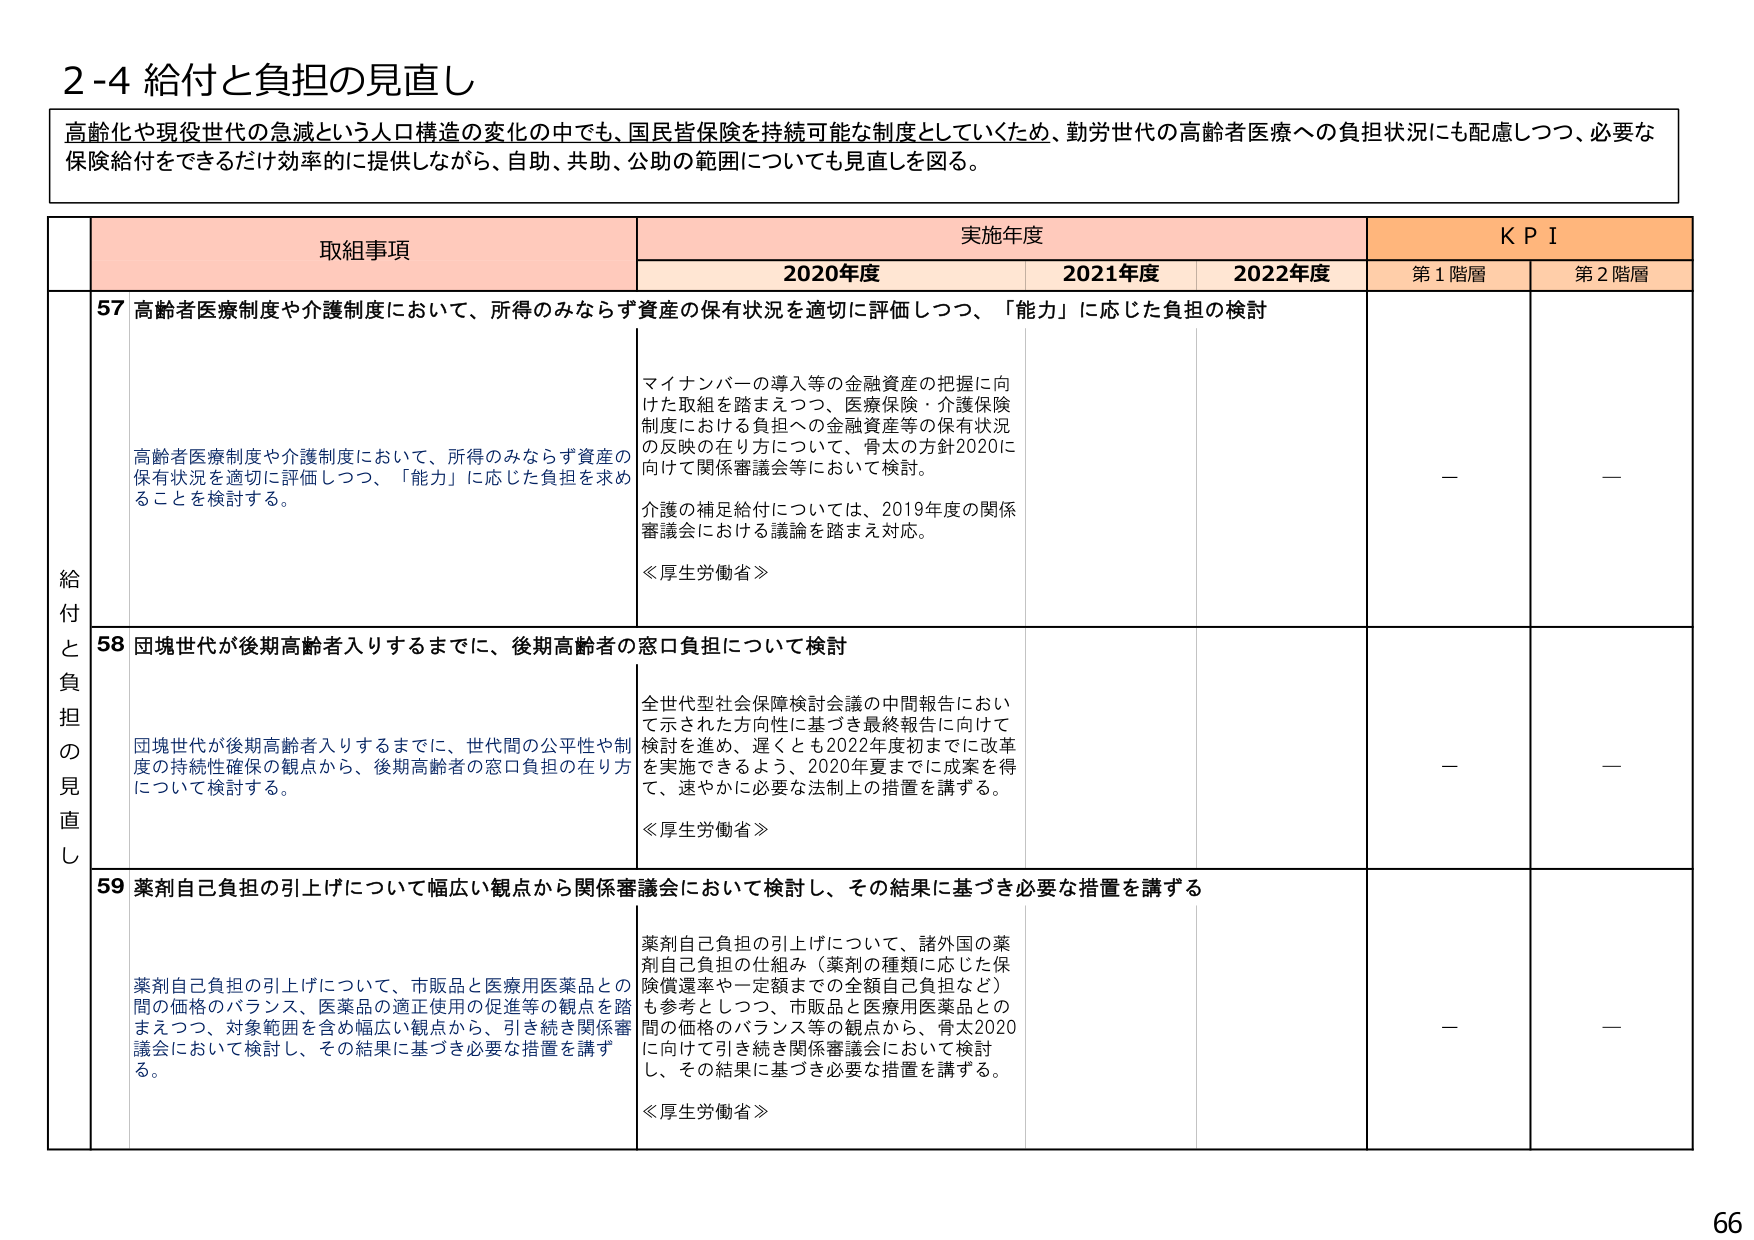
2-4 給付と負担の見直し

高齢化や現役世代の急減という人口構造の変化の中でも、国民皆保険を持続可能な制度としていくため、勤労世代の高齢者医療への負担状況にも配慮しつつ、必要な保険給付をできるだけ効率的に提供しながら、自助、共助、公助の範囲についても見直しを図る。

取組事項 実施年度 KPI
2020年度 2021年度 2022年度 第1階層 第2階層

給付と負担の見直し

57 高齢者医療制度や介護制度において、所得のみならず資産の保有状況を適切に評価しつつ、「能力」に応じた負担の検討

高齢者医療制度や介護制度において、所得のみならず資産の保有状況を適切に評価しつつ、「能力」に応じた負担を求めることを検討する。

マイナンバーの導入等の金融資産の把握に向けた取組を踏まえつつ、医療保険・介護保険制度における負担への金融資産等の保有状況の反映の在り方について、骨太2020に向けて関係審議会等において検討。

介護の補足給付については、2019年度の関係審議会における議論を踏まえ対応。

《厚生労働省》

—

—

58 団塊世代が後期高齢者入りするまでに、後期高齢者の窓口負担について検討

団塊世代が後期高齢者入りするまでに、世代間の公平性や制度の持続性確保の観点から、後期高齢者の窓口負担の在り方について検討する。

全世代型社会保障検討会議の中間報告において示された方向性に基づき最終報告に向けて検討を進め、遅くとも2022年度初までに改革を実施できるよう、2020年夏までに成果を得て、速やかに必要な法制上の措置を講ずる。

《厚生労働省》

—

—

59 薬剤自己負担の引上げについて幅広い観点から関係審議会において検討し、その結果に基づき必要な措置を講ずる

薬剤自己負担の引上げについて、市販品と医療用医薬品との間の価格のバランス、医薬品の適正使用の促進等の観点を踏まえつつ、対象範囲を含め幅広い観点から、引き続き関係審議会において検討し、その結果に基づき必要な措置を講ずる。

薬剤自己負担の引上げについて、諸外国の薬剤自己負担の仕組み（薬剤の種類に応じた保険償還率や一定額までの全額自己負担など）も参考としつつ、市販品と医療用医薬品との間の価格のバランス等の観点から、骨太2020に向けて引き続き関係審議会において検討し、その結果に基づき必要な措置を講ずる。

《厚生労働省》

—

—

66